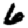
Digit: 6